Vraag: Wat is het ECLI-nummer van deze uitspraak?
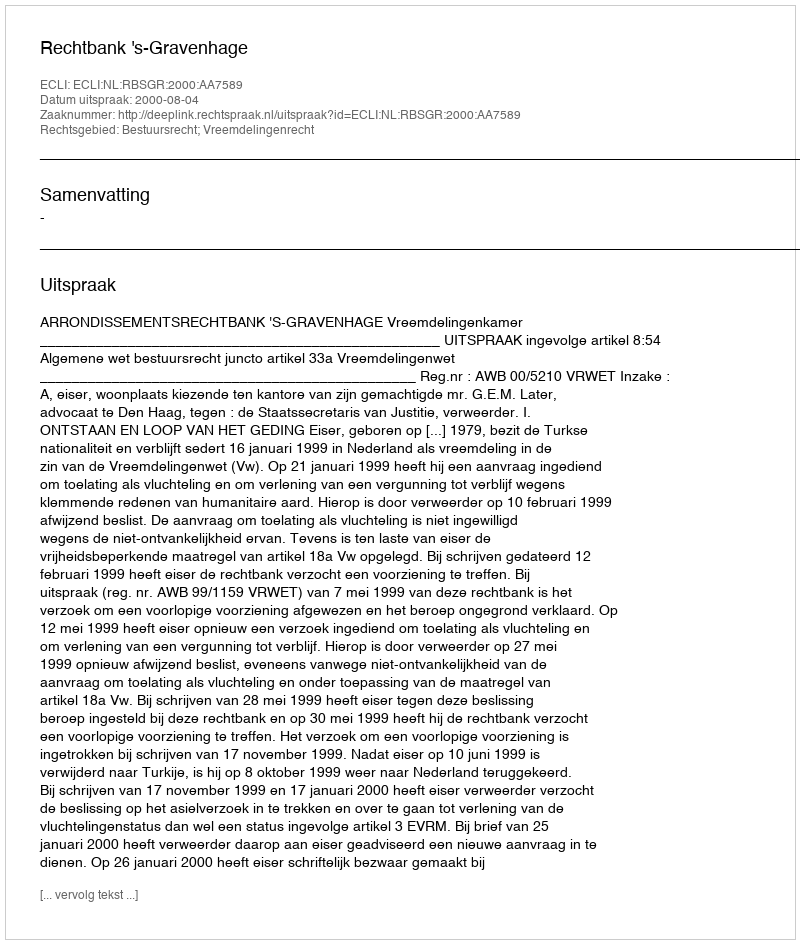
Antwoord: ECLI:NL:RBSGR:2000:AA7589